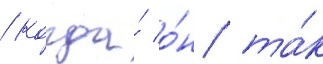
/ когда́ о́н та́к